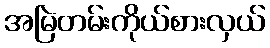
အမြဲတမ်းကိုယ်စားလှယ်